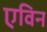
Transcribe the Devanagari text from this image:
एविन